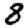
Digit: 8